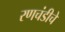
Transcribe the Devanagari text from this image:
रणचंडीचे